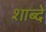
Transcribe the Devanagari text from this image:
शाब्दे